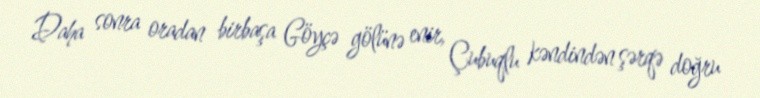
Daha sonra oradan birbaşa Göyçə gölünə enir, Çubuqlu kəndindən şərqə doğru